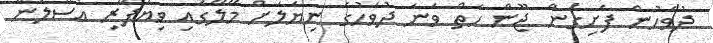
ދުވަހުން ފެށިގެން ޖޫން ހަތް ވަނަ ދުވަހުގެ ނިޔަލަށް މޭލޭގައި ވިޔަފާރި އުސޫލުން